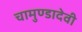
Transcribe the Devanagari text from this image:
चामुण्डादेवी